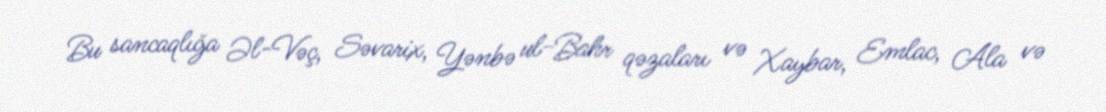
Bu sancaqlığa Əl-Vəç, Səvarix, Yənbə ul-Bahr qəzaları və Xaybar, Emlac, Ala və